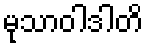
မုသာဝါဒါတိ